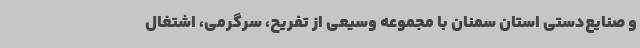
و صنایع‌دستی استان سمنان با مجموعه وسیعی از تفریح، سرگرمی، اشتغال